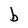
Character: b